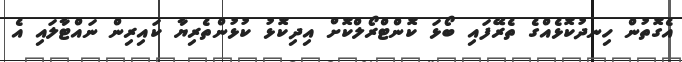
އެގޮތުން ހިނދުކޮޅެއްގެ ތެރޭފައި ބޯޅަ ކޮންޓްރޯލްކޮށް އިދިކޮޅު ކުޅުންތެރިޔާ ކައިރިން ނައްޓާލައި އެ